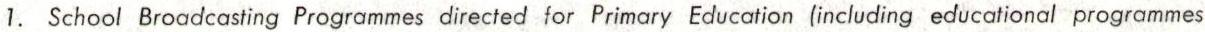
1. School Broadcasting Programmes directed for Primary Education (including educational programmes